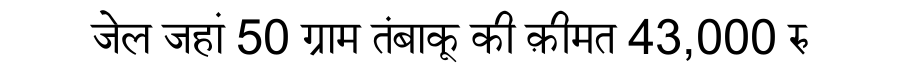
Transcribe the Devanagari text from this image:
जेल जहां 50 ग्राम तंबाकू की क़ीमत 43,000 रु